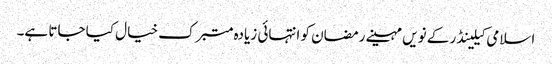
اسلامی کیلینڈر کے نویں مہینے رمضان کو انتہائی زیادہ متبرک خیال کیا جاتا ہے۔